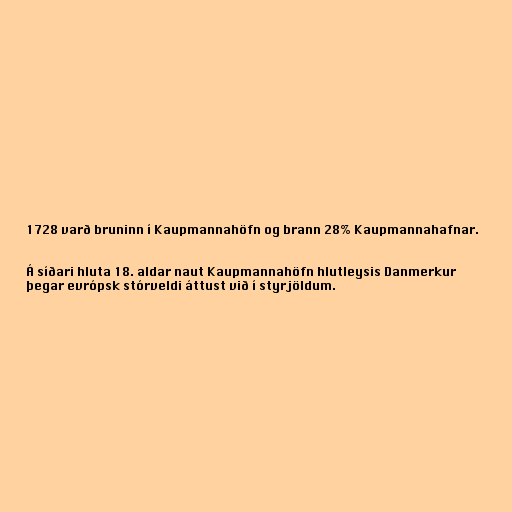
1728 varð bruninn í Kaupmannahöfn og brann 28% Kaupmannahafnar.

Á síðari hluta 18. aldar naut Kaupmannahöfn hlutleysis Danmerkur
þegar evrópsk stórveldi áttust við í styrjöldum.